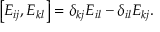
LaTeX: \left[ E _ { i j } , E _ { k l } \right] = \delta _ { k j } E _ { i l } - \delta _ { i l } E _ { k j } .